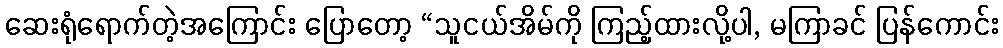
ဆေးရုံရောက်တဲ့အကြောင်း ပြောတော့ “သူငယ်အိမ်ကို ကြည့်ထားလို့ပါ, မကြာခင် ပြန်ကောင်း